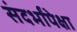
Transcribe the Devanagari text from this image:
संदर्भांपेक्षा